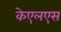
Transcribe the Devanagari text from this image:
केएलएस